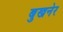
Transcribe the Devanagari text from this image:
बुखनेर